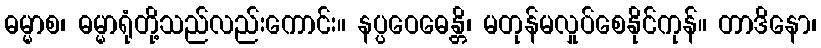
ဓမ္မာစ၊ ဓမ္မာရုံတို့သည်လည်းကောင်း။ နပ္ပဝေဓေန္တိ၊ မတုန်မလှုပ်စေနိုင်ကုန်။ တာဒိနော၊